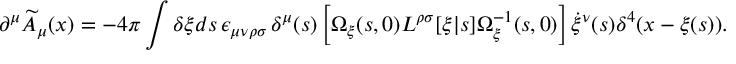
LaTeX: \partial ^ { \mu } \widetilde { A } _ { \mu } ( x ) = - 4 \pi \int \delta \xi d s \, \epsilon _ { \mu \nu \rho \sigma } \, \delta ^ { \mu } ( s ) \left[ \Omega _ { \xi } ( s , 0 ) L ^ { \rho \sigma } [ \xi | s ] \Omega _ { \xi } ^ { - 1 } ( s , 0 ) \right] \dot { \xi } ^ { \nu } ( s ) \delta ^ { 4 } ( x - \xi ( s ) ) .